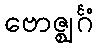
ဗောဇ္ဈင်္ဂံ